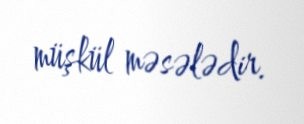
müşkül məsələdir.